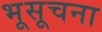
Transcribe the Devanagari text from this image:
भूसूचना